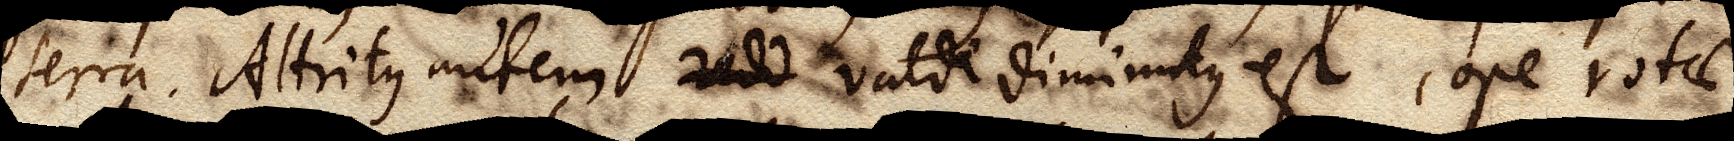
terra. Attritus autem vald valde diminutus est, ope rotae.